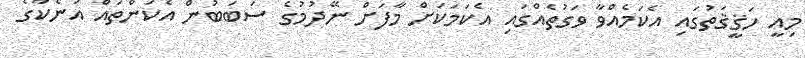
މިއީ ހަޤީޤަތުގައި އެކަމެއްވާ ވަގުތެއްގައި އެކަމަކަށް މާފަށް ނޭދުމުގެ ސަބަބުން އެކަންތައް އަނެކާގެ